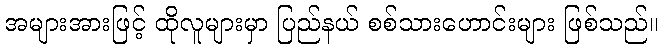
အများအားဖြင့် ထိုလူများမှာ ပြည်နယ် စစ်သားဟောင်းများ ဖြစ်သည်။